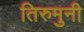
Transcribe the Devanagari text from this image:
तिरुमुनी